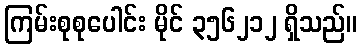
ကြမ်းစုစုပေါင်း မိုင် ၃၅၆၂၁၂ ရှိသည်။